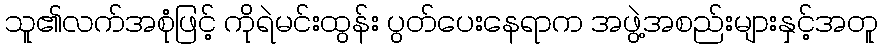
သူ၏လက်အစုံဖြင့် ကိုရဲမင်းထွန်း ပွတ်ပေးနေရာက အဖွဲ့အစည်းများနှင့်အတူ